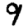
Digit: 9